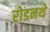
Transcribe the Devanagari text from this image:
रोडनथे